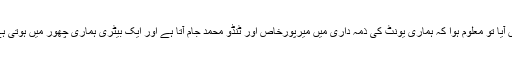
یہاں آیا تو معلوم ہوا کہ ہماری یونٹ کی ذمہ داری میں میرپورخاص اور ٹنڈو محمد جام آتا ہے اور ایک بیٹری ہماری چھور میں ہوتی ہے ۔